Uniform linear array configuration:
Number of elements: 32
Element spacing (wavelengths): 1
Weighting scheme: hamming
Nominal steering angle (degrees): -60
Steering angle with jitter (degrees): -59.453
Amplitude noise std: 0.05
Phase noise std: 0.05

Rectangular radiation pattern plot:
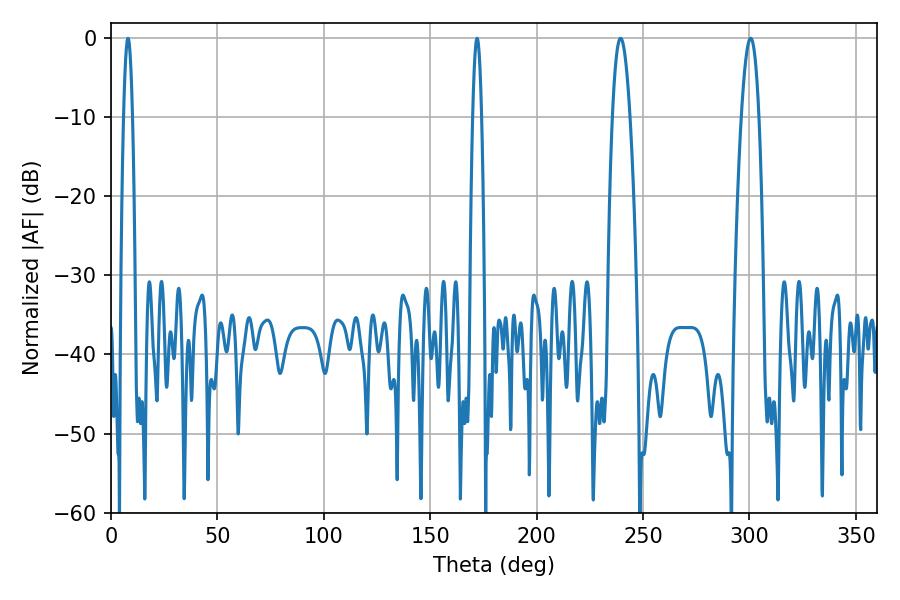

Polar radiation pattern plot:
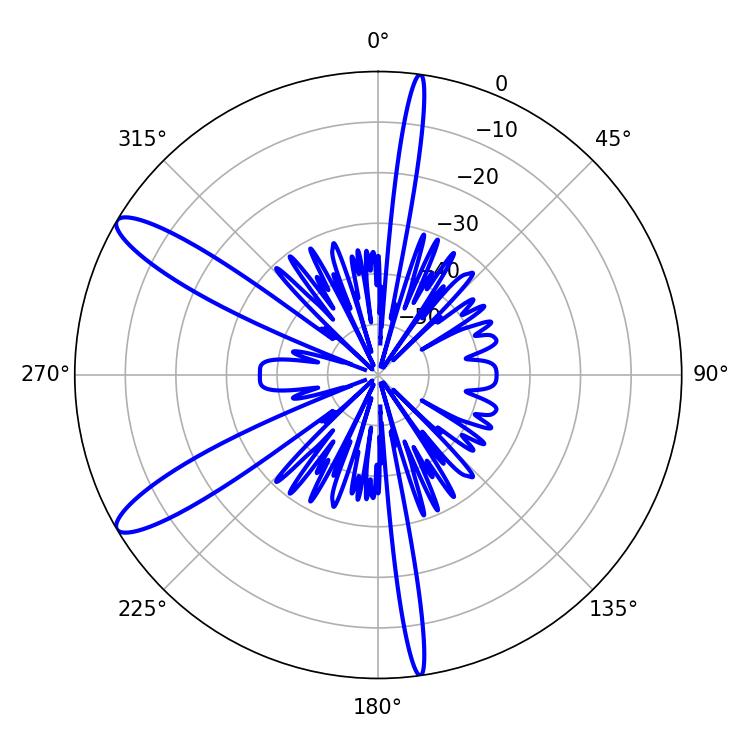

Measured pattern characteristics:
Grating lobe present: TRUE
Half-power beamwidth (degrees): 4.5
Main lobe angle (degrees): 239.4